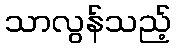
သာလွန်သည့်